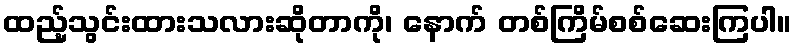
ထည့်သွင်းထားသလားဆိုတာကို၊ နောက် တစ်ကြိမ်စစ်ဆေးကြပါ။